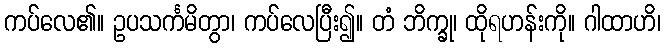
ကပ်လေ၏။ ဥပသင်္ကမိတွာ၊ ကပ်လေပြီး၍။ တံ ဘိက္ခု၊ ထိုရဟန်းကို။ ဂါထာဟိ၊